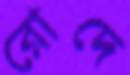
রোদে